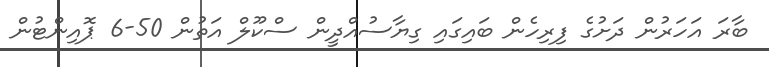
ބާރަ އަހަރުން ދަށުގެ ފިރިހެން ބައިގައި ގިޔާސުއްދީން ސްކޫލް އަތުން 50-6 ޕޮއިންޓުން